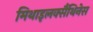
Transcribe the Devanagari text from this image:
मिथाइलक्सैंथिनेस